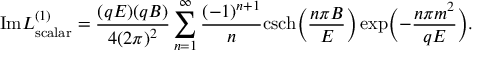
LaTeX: \mathrm { I m } { \cal L } _ { \mathrm { s c a l a r } } ^ { ( 1 ) } = \frac { ( q E ) ( q B ) } { 4 ( 2 \pi ) ^ { 2 } } \sum _ { n = 1 } ^ { \infty } \frac { ( - 1 ) ^ { n + 1 } } { n } \mathrm { c s c h } \Bigl ( \frac { n \pi B } { E } \Bigr ) \exp \Bigl ( - \frac { n \pi m ^ { 2 } } { q E } \Bigr ) .